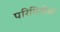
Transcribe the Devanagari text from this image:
परिमितीवर